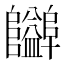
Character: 𱁃